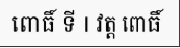
ពោធិ៍ ទី I វត្ត ពោធិ៍